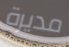
مديرة